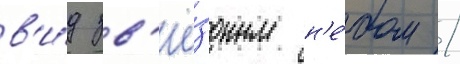
в'и́д зв'ё́здным н'е́бом /